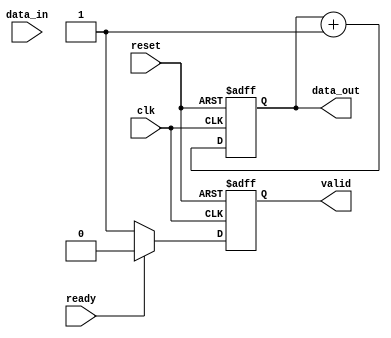
module ready_valid_handshake #(
  parameter DATA_WIDTH = 8  // Width of the data bus
)(
  input wire clk,            // Clock signal
  input wire reset,          // Asynchronous reset signal
  
  // Producer interface
  output reg [DATA_WIDTH-1:0] data_out,
  output reg valid,          // Valid signal from producer
  
  // Consumer interface
  input wire ready,          // Ready signal from consumer
  input wire [DATA_WIDTH-1:0] data_in  // Data bus from consumer
);

  // Internal signal to hold the state
  reg [DATA_WIDTH-1:0] data_buffer;
  
  // Data generation logic (Producer side)
  always @(posedge clk or posedge reset) begin
    if (reset) begin
      valid <= 1'b0;
      data_out <= {DATA_WIDTH{1'b0}};
    end else begin
      // Example data generation logic
      // Replace this with actual data generation logic as needed
      data_out <= data_out + 1;  // Increment data for demonstration
      valid <= 1'b1;              // Assert valid when data is generated
      
      // If consumer is ready, we can disable valid
      if (ready) begin
        valid <= 1'b0;  // Ready consumer, hold the data for one cycle
      end
    end
  end

endmodule